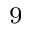
^ 9